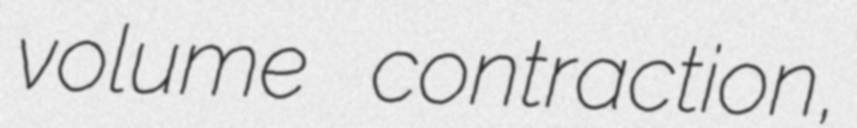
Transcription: volume contraction,